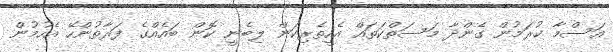
އަސްމާ ކުރަމުން ގެންދާ މަސަތްކަތައް އެހީތެރިކަން ލިބެނީ ކޮން ބައެއްގެ ފަރާތުންހޭ އެހުމުން